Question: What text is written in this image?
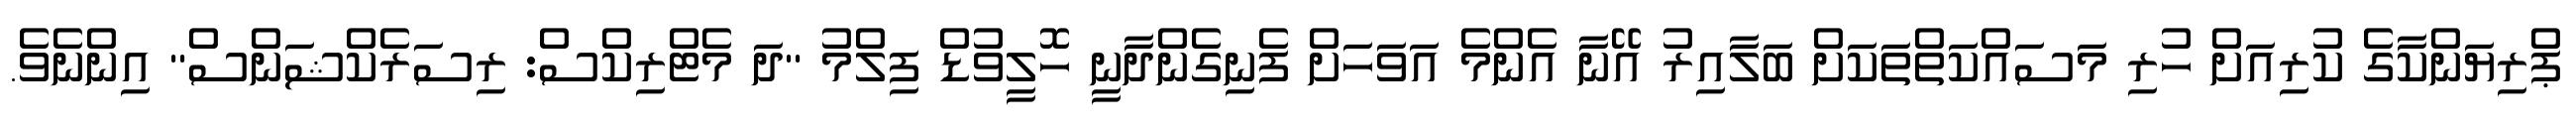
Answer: ޕްރިޔަންކާގެ ކުރިއަށް ހުރި މަސައްކަތްތަކަށް ބަލާއިރު އޭނާ އެންމެ އަވަހަށް ފެނިގެންދާނީ ހޮލީވުޑް ފިލްމު ''ދަ މެޓްރިކްސް: ރިސަރެކްޝަންސް'' އިންނެވެ.